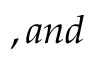
, a n d